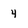
Character: 4